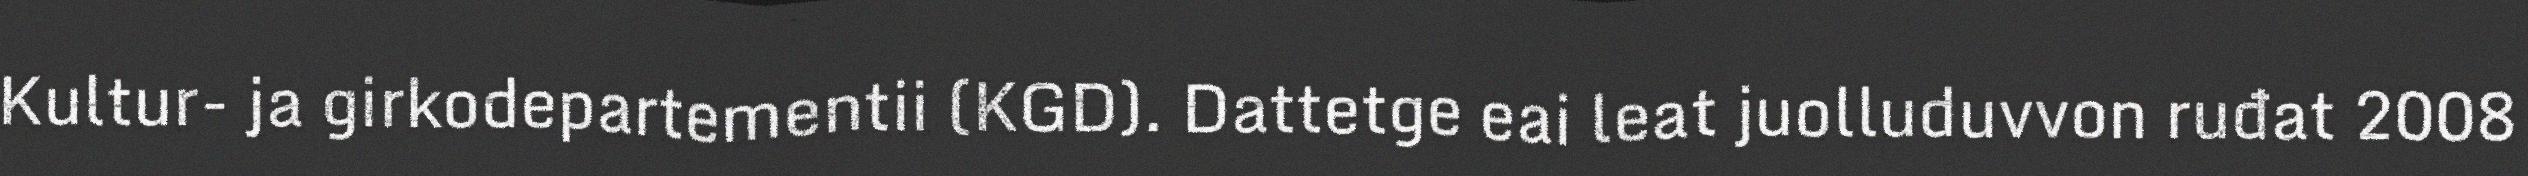
Kultur- ja girkodepartementii (KGD). Dattetge eai leat juolluduvvon ruđat 2008